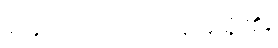
မျောက်ကလေး မျိုး ရှိ၏။